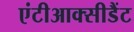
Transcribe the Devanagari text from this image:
एंटीआक्सीडैंट